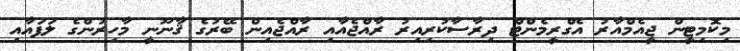
މިކޮމިޓީން ޖީއެމްއާރު އެގްރީމެންޓް ދިރާސާކުރިއިރު ރާއްޖެއާއި ރާއްޖެއިން ބޭރުގެ ޤާނޫނީ މާހިރުންގެ ލަފައާއި